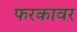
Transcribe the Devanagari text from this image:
फरकावर